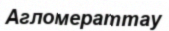
Агломераттау